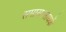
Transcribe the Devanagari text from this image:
समास।साधकें